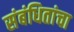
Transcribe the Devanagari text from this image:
संबंधितांचा